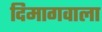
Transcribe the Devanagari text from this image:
दिमागवाला